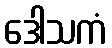
ဒေါသကံ